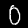
Label: 0